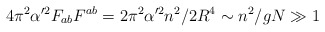
\begin{align*}4 \pi^2 \alpha'^2 F_{ab} F^{ab} = 2 \pi^2 \alpha'^2 n^2/2R^4\sim n^2/gN \gg 1\end{align*}